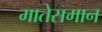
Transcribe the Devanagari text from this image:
मातेसमान